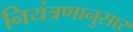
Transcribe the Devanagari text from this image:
नियंत्रणानुसार